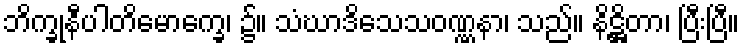
ဘိက္ခုနီပါတိမောက္ခေ၊ ၌။ သံဃာဒိသေသဝဏ္ဏနာ၊ သည်။ နိဋ္ဌိတာ၊ ပြီးပြီ။